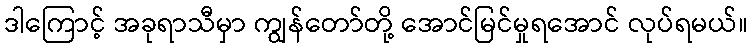
ဒါကြောင့် အခုရာသီမှာ ကျွန်တော်တို့ အောင်မြင်မှုရအောင် လုပ်ရမယ်။